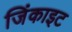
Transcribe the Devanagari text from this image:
जिंकाइट